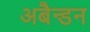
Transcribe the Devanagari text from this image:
अबैन्डन